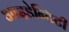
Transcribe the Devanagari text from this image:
आइडेन्टिटी